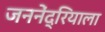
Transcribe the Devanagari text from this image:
जननेंद्रियाला